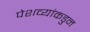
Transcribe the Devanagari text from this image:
पेशव्यांकडुन